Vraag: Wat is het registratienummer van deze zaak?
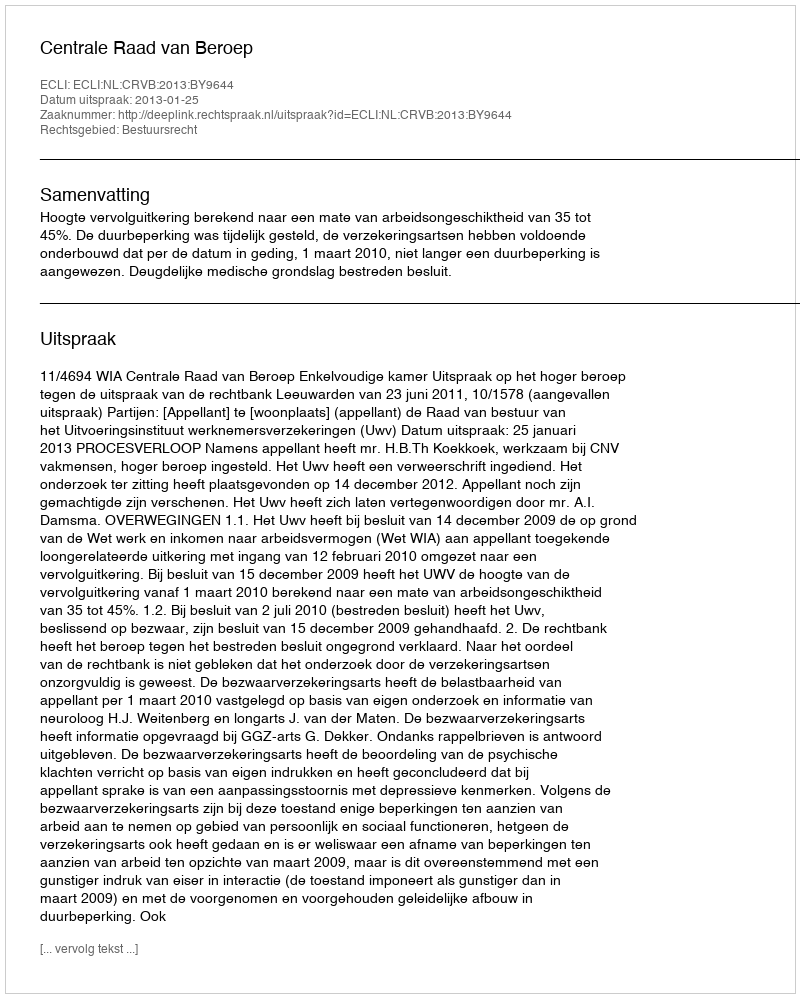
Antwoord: http://deeplink.rechtspraak.nl/uitspraak?id=ECLI:NL:CRVB:2013:BY9644